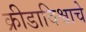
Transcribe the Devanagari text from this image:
क्रीडाविश्वाचे